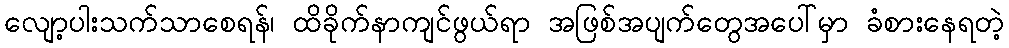
လျော့ပါးသက်သာစေရန်၊ ထိခိုက်နာကျင်ဖွယ်ရာ အဖြစ်အပျက်တွေအပေါ်မှာ ခံစားနေရတဲ့